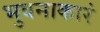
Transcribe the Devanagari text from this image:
भुवनाकारं